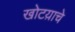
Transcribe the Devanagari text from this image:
खोटय़ाचे